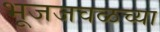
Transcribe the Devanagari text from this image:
भूजजवळच्या